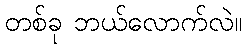
တစ်ခု ဘယ်လောက်လဲ။